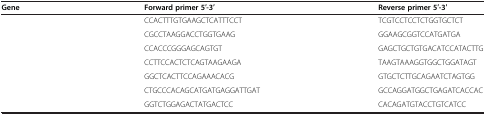
<table><thead><tr><td><b>Gene</b></td><td><b>Forward primer 5′-3′</b></td><td><b>Reverse primer 5′-3′</b></td></tr></thead><tbody><tr><td>[EMPTY_CELL]</td><td>CCACTTTGTGAAGCTCATTTCCT</td><td>TCGTCCTCCTCTGGTGCTCT</td></tr><tr><td>[EMPTY_CELL]</td><td>CGCCTAAGGACCTGGTGAAG</td><td>GGAAGCGGTCCATGATGA</td></tr><tr><td>[EMPTY_CELL]</td><td>CCACCCGGGAGCAGTGT</td><td>GAGCTGCTGTGACATCCATACTTG</td></tr><tr><td>[EMPTY_CELL]</td><td>CCTTCCACTCTCAGTAAGAAGA</td><td>TAAGTAAAGGTGGCTGGATAGT</td></tr><tr><td>[EMPTY_CELL]</td><td>GGCTCACTTCCAGAAACACG</td><td>GTGCTCTTGCAGAATCTAGTGG</td></tr><tr><td>[EMPTY_CELL]</td><td>CTGCCCACAGCATGATGAGGATTGAT</td><td>GCCAGGATGGCTGAGATCACCAC</td></tr><tr><td>[EMPTY_CELL]</td><td>GGTCTGGAGACTATGACTCC</td><td>CACAGATGTACCTGTCATCC</td></tr></tbody></table>